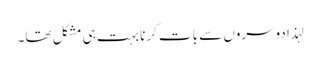
لہذا دوسروں سے بات کرنا بہت ہی مشکل تھا۔